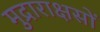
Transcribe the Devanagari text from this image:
मुद्राराक्षसों